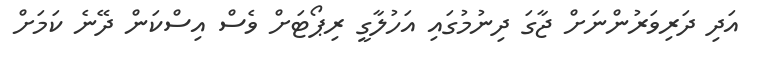
އަދި ދަރިވަރުންނަށް ޖާގަ ދިނުމުގައި އަހުލާގީ ރިޕޯޓަށް ވެސް އިސްކަން ދޭނެ ކަމަށް